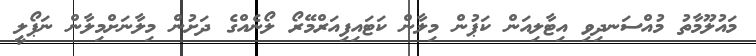
މައުލޫމާތު މުއްސަނދިވި އިޓާލިއަން ކަޕުން މިލާން ކަޓައިފިއަރްމޭރޯ ލޯނެއްގެ ދަށުން މިލާނަށްމިލާން ނަޕޯލީ